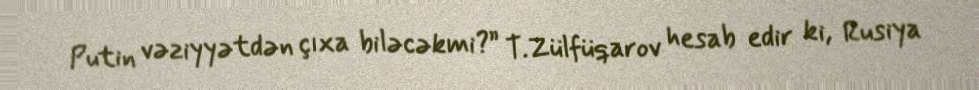
Putin vəziyyətdən çıxa biləcəkmi?” T.Zülfüqarov hesab edir ki, Rusiya